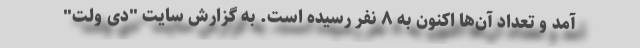
آمد و تعداد آن‌ها اکنون به ۸ نفر رسیده است. به گزارش سایت "دی ولت"